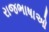
રાજભાષાઓ